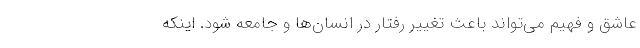
عاشق و فهیم می‌‌تواند باعث تغییر رفتار در انسان‌‌ها و جامعه شود. اینکه